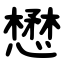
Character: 懋